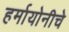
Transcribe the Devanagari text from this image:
हर्मायोनीचे